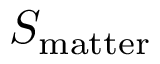
S _ { \mathrm { m a t t e r } }